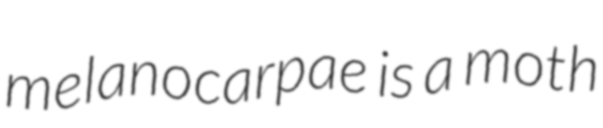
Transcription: melanocarpae is a moth